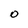
Character: O